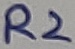
Text: R2